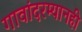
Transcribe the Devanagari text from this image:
गावांदरम्यानही